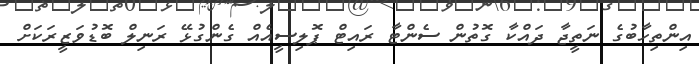
އިންތިހާބުގެ ނަތީޖާ ދައްކާ ގޮތުން ސެންޓާ ރައިޓް ޕޮލިސީއެއް ގެންގުޅޭ ރަނިލް ބޮޑުވަޒީރަކަށް